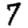
Digit: 7